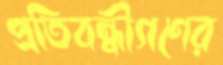
প্রতিবন্ধীগণের